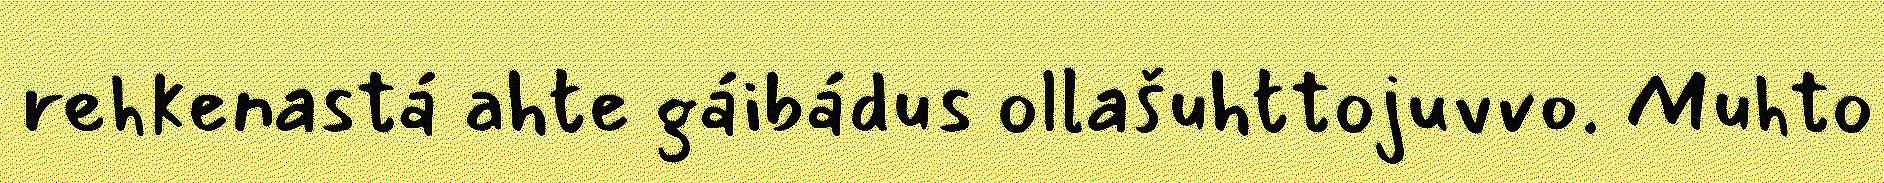
rehkenastá ahte gáibádus ollašuhttojuvvo. Muhto